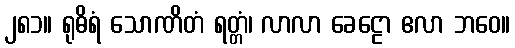
၂၈၁။ ရုဓိရံ သောဏိတံ ရတ္တံ၊ လာလာ ခေဠော ဧလာ ဘဝေ။